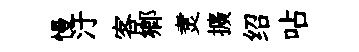
慢汙客郷煑擴绍呫